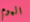
اليوم